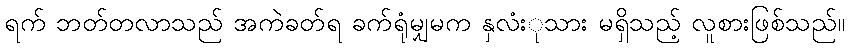
ရက် ဘတ်တလာသည် အကဲခတ်ရ ခက်ရုံမျှမက နှလံးုသား မရှိသည့် လူစားဖြစ်သည်။